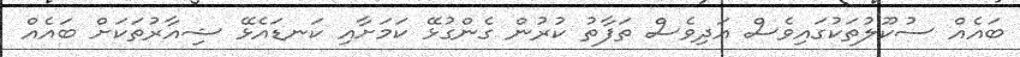
ބައެއް ސުކޫލުތަކުގައިވެސް އަދިވެސް ތަފާތު ކުރުން ގެންގުޅޭ ކަމަށާއި ކަނޑައެޅޭ ޝިއާރުތަކަށް ބައެއް